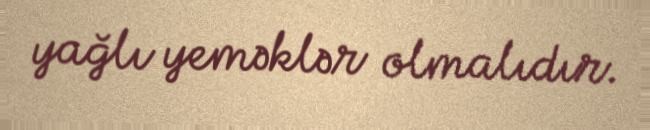
yağlı yeməklər olmalıdır.